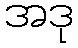
အဒု